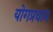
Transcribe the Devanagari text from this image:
योगप्रधान